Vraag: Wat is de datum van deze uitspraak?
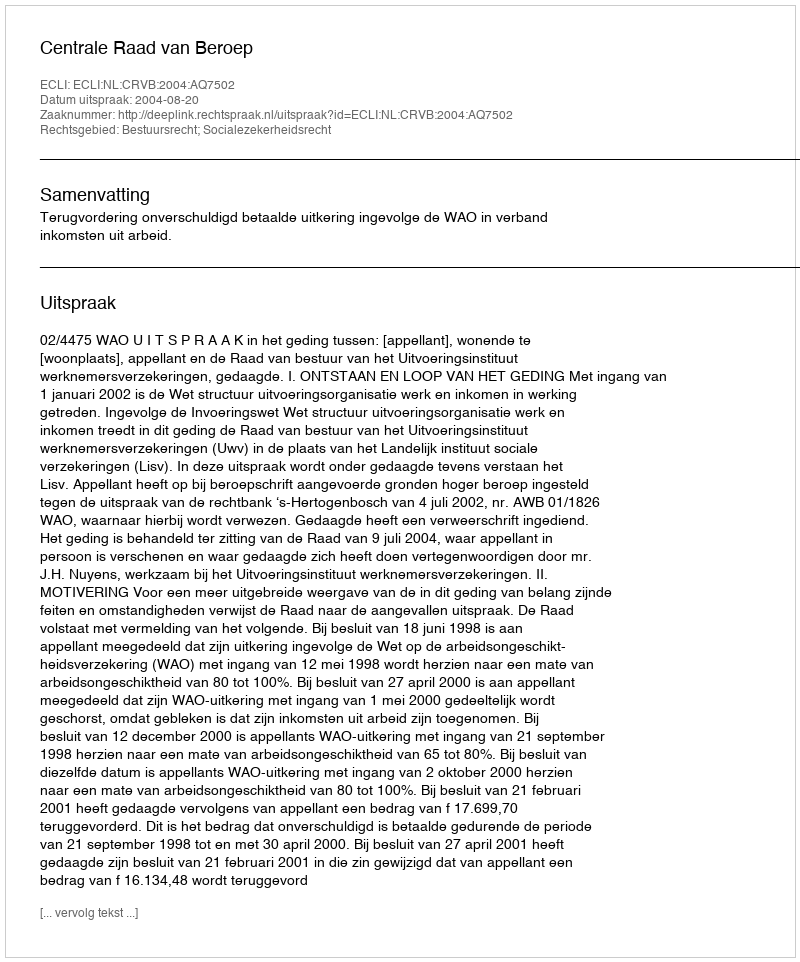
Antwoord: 2004-08-20